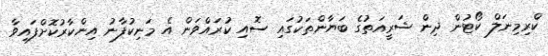
ކްރިމިނަލް ކޯޓުން ދިން ޝަރީއަތުގެ ބަޔާންތަކުގައި ސޮއި ކުރައްވަން އެ މަނިކުފާނު އިންކާރުކޮށްފައިވާ